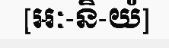
[អៈ-និ-យំ]